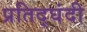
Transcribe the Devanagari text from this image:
प्रतिद्घंदी